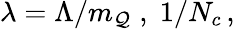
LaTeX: \lambda=\Lambda/m_{\mathcal{Q}}\; ,\; 1/N_{c}\, ,